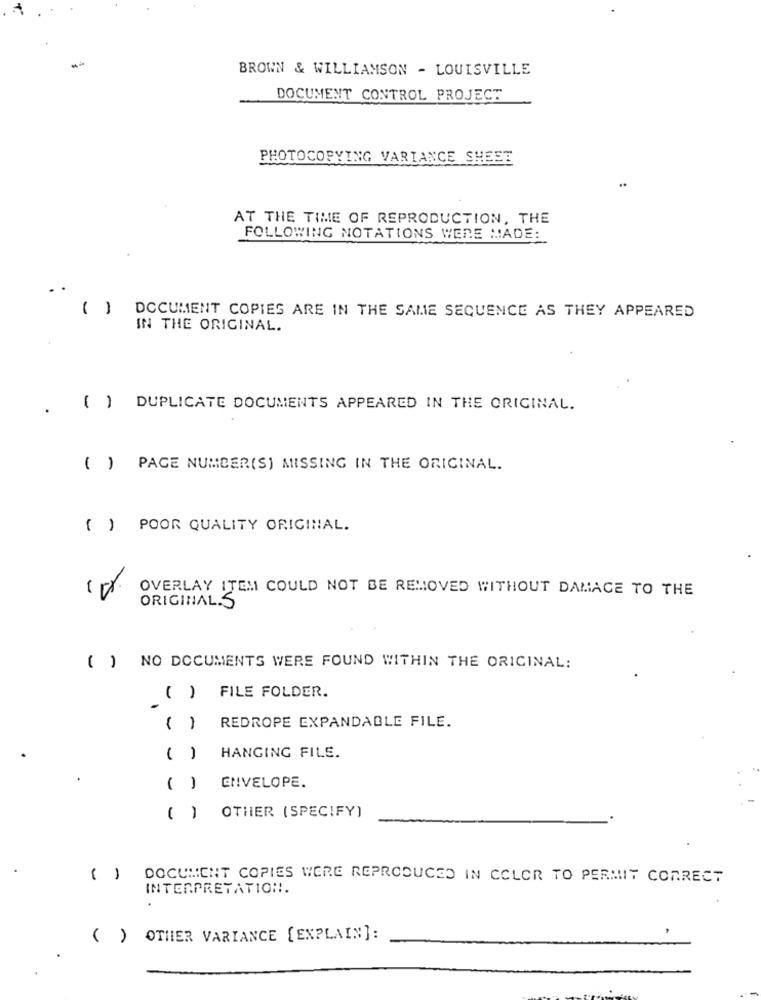
BROWN & WILLIAMSON - LOUISVILLE
DOCUMENT CONTROL PROJECT
PHOTOCOPYING VARIANCE SHEET
..
AT THE TIME OF REPRODUCTION, THE
FOLLOWING NOTATIONS WERE MADE:
( )
DOCUMENT COPIES ARE IN THE SAME SEQUENCE AS THEY APPEARED
IN THE ORIGINAL.
( ) DUPLICATE DOCUMENTS APPEARED IN THE ORIGINAL.
( ) PAGE NUMBER(S) MISSING IN THE ORIGINAL.
( ) POOR QUALITY ORIGINAL.
OVERLAY ITEM COULD NOT BE REMOVED WITHOUT DAMAGE TO THE
ORIGINAL. S
( ) NO DOCUMENTS WERE FOUND WITHIN THE ORIGINAL:
FILE FOLDER.
()
( )
REDROPE EXPANDABLE FILE.
( )
HANGING FILE.
ENVELOPE.
( )
( )
OTHER ( SPECIFY)
( )
DOCUMENT COPIES WERE REPRODUCED IN COLOR TO PERMIT CORRECT
INTERPRETATION.
( ) OTHER VARIANCE [EXPLAIN]: